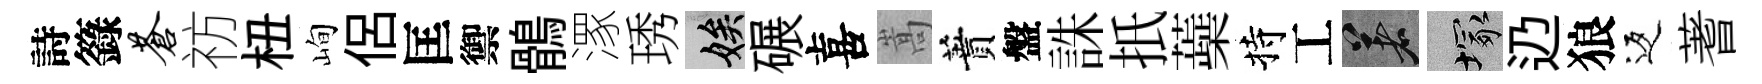
詩籙苍祊杻峋侶匡禦鶻潈琇娭碾喜嵩蕡盤誅扺蘃持工著塚辸狼返蓍